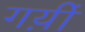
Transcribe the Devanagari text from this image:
गय़ीं